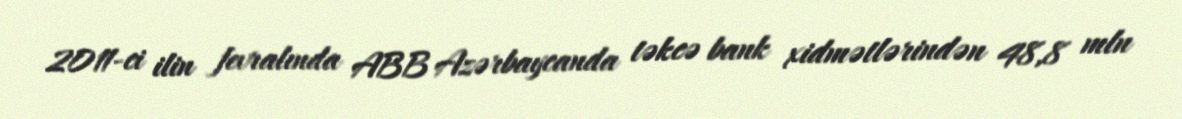
2011-ci ilin fevralında ABB Azərbaycanda təkcə bank xidmətlərindən 48,8 mln